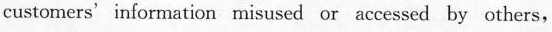
custorners'information misused or accessed by others,